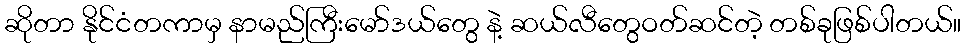
ဆိုတာ နိုင်ငံတကာမှ နာမည်ကြီးမော်ဒယ်တွေ နဲ့ ဆယ်လီတွေဝတ်ဆင်တဲ့ တစ်ခုဖြစ်ပါတယ်။